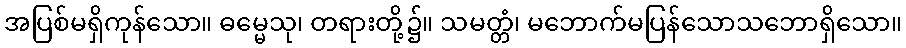
အပြစ်မရှိကုန်သော။ ဓမ္မေသု၊ တရားတို့၌။ သမတ္တံ၊ မဘောက်မပြန်သောသဘောရှိသော။